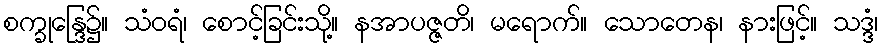
စက္ခုန္ဒြေ၌။ သံဝရံ၊ စောင့်ခြင်းသို့။ နအာပဇ္ဇတိ၊ မရောက်။ သောတေန၊ နားဖြင့်။ သဒ္ဒံ၊